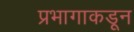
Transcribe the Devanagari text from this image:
प्रभागाकडून